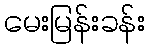
မေးမြန်းခန်း